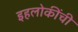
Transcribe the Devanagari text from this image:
इहलोकींची